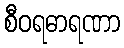
စီဝရဓာရဏာ